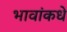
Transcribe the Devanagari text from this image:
भावांकधे